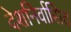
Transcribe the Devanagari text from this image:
देशनिर्वासित